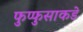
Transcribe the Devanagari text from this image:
फुप्फुसाकडे